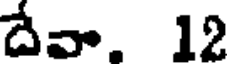
దేవా. 12